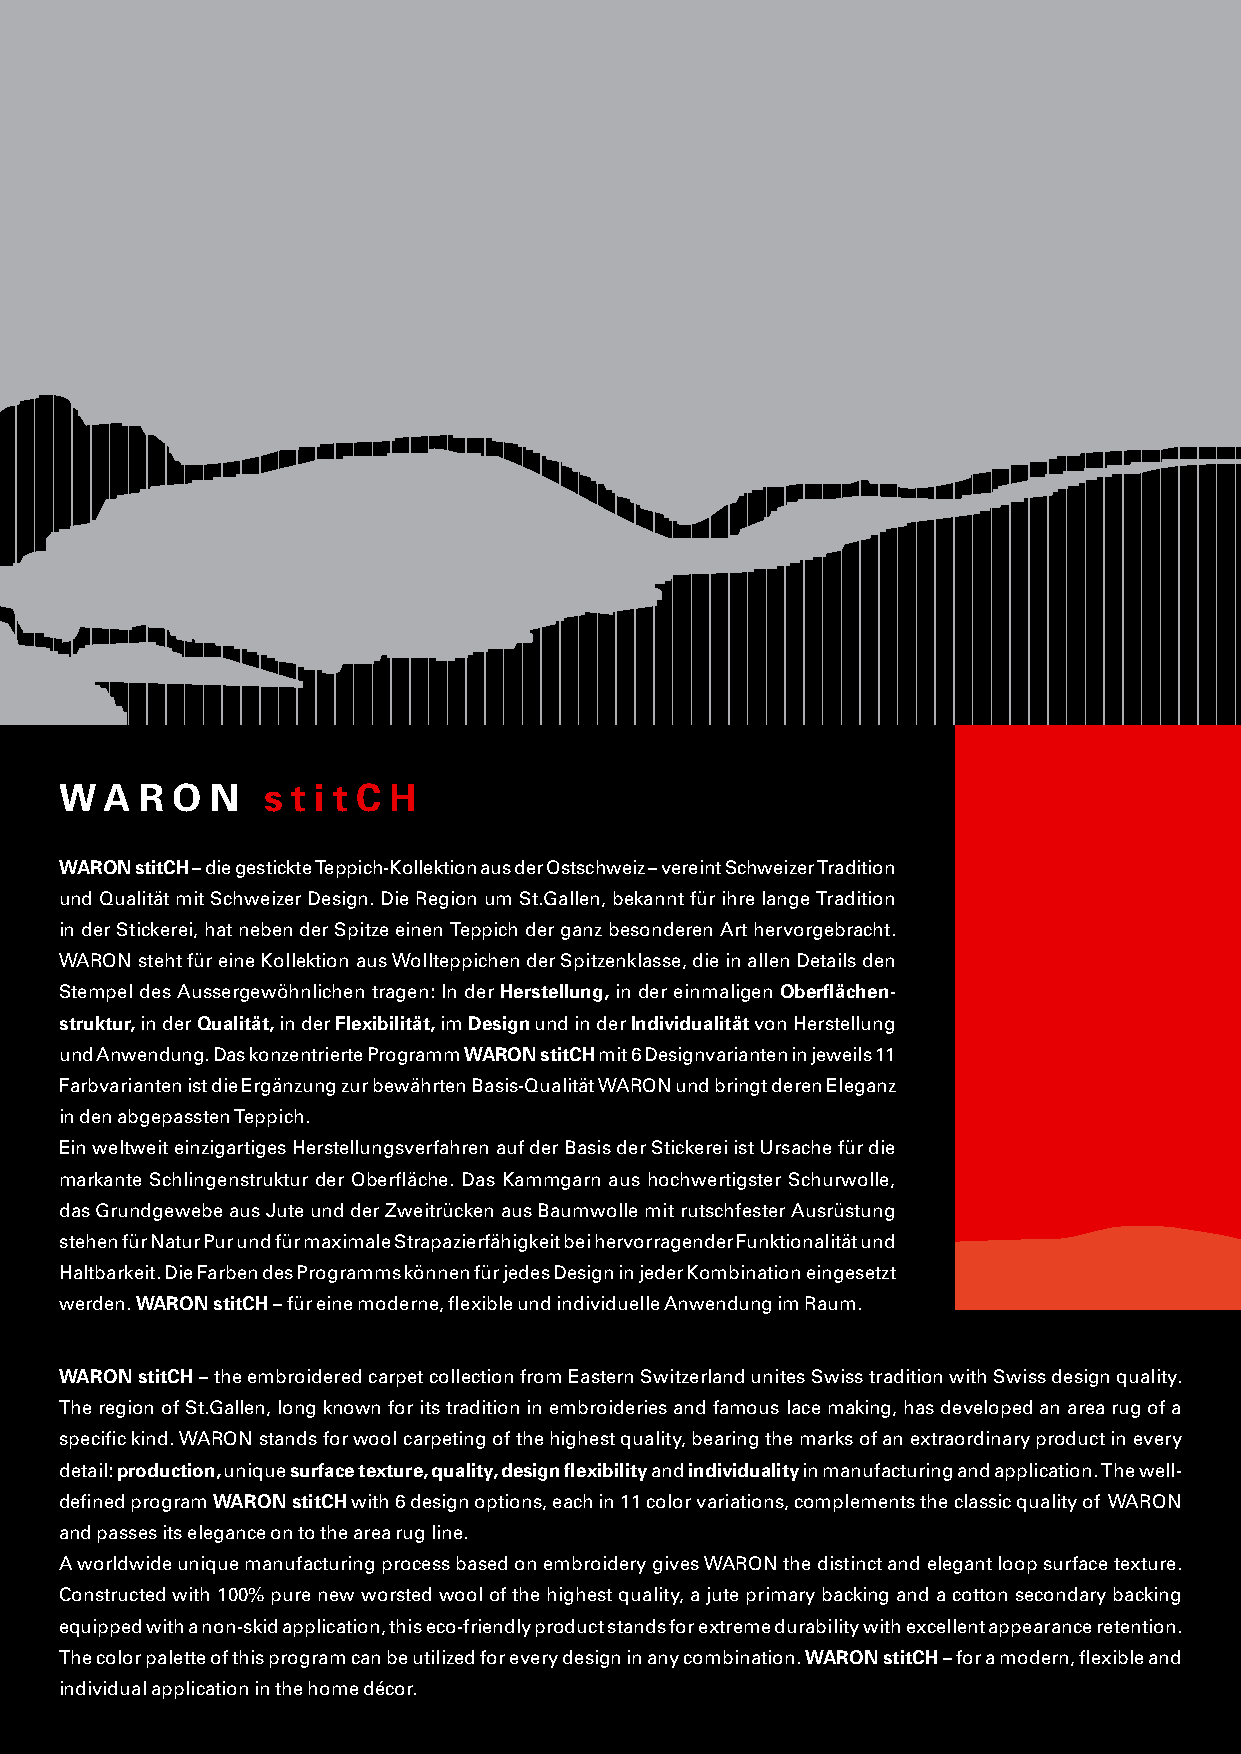
s tit CH
 W  A R O  N  s t i t C H
 WARON stitCH – die gestickte Teppich-Kollektion aus der Ostschweiz – vereint Schweizer Tradition
 und Qualität mit Schweizer Design. Die Region um St.Gallen, bekannt für ihre lange Tradition
 in der Stickerei, hat neben der Spitze einen Teppich der ganz besonderen Art hervorgebracht.
 WARON steht für eine Kollektion aus Wollteppichen der Spitzenklasse, die in allen Details den
 Stempel des Aussergewöhnlichen tragen: In der Herstellung, in der einmaligen Oberflächen-
 struktur, in der Qualität, in der Flexibilität, im Design und in der Individualität von Herstellung
 und Anwendung. Das konzentrierte Programm WARON stitCH mit 6 Designvarianten in jeweils 11
 Farbvarianten ist die Ergänzung zur bewährten Basis-Qualität WARON und bringt deren Eleganz
 in den abgepassten Teppich.
 Ein weltweit einzigartiges Herstellungsverfahren auf der Basis der Stickerei ist Ursache für die
 markante Schlingenstruktur der Oberfläche. Das Kammgarn aus hochwertigster Schurwolle,
 das Grundgewebe aus Jute und der Zweitrücken aus Baumwolle mit rutschfester Ausrüstung
 stehen für Natur Pur und für maximale Strapazierfähigkeit bei hervorragender Funktionalität und
 Haltbarkeit. Die Farben des Programms können für jedes Design in jeder Kombination eingesetzt
 werden. WARON stitCH – für eine moderne, flexible und individuelle Anwendung im Raum.
 WARON stitCH – the embroidered carpet collection from Eastern Switzerland unites Swiss tradition with Swiss design quality.
 The region of St.Gallen, long known for its tradition in embroideries and famous lace making, has developed an area rug of a
 specific kind. WARON stands for wool carpeting of the highest quality, bearing the marks of an extraordinary product in every
 detail: production, unique surface texture, quality, design flexibility and individuality in manufacturing and application. The well-
 defined program WARON stitCH with 6 design options, each in 11 color variations, complements the classic quality of WARON
 and passes its elegance on to the area rug line.
 A worldwide unique manufacturing process based on embroidery gives WARON the distinct and elegant loop surface texture.
 Constructed with 100% pure new worsted wool of the highest quality, a jute primary backing and a cotton secondary backing
 equipped with a non-skid application, this eco-friendly product stands for extreme durability with excellent appearance retention.
 The color palette of this program can be utilized for every design in any combination. WARON stitCH – for a modern, flexible and
 individual application in the home décor.